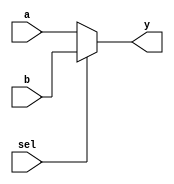
module mux2to1 (
    input wire a,      // Input signal a
    input wire b,      // Input signal b
    input wire sel,    // Select signal
    output reg y       // Output signal y
);

// Combinational logic using procedural assignment
always @(*) begin
    if (sel) begin
        y = b;        // If sel is high, output b
    end else begin
        y = a;        // If sel is low, output a
    end
end

endmodule